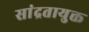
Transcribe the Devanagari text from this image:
सांद्रतायुक्त